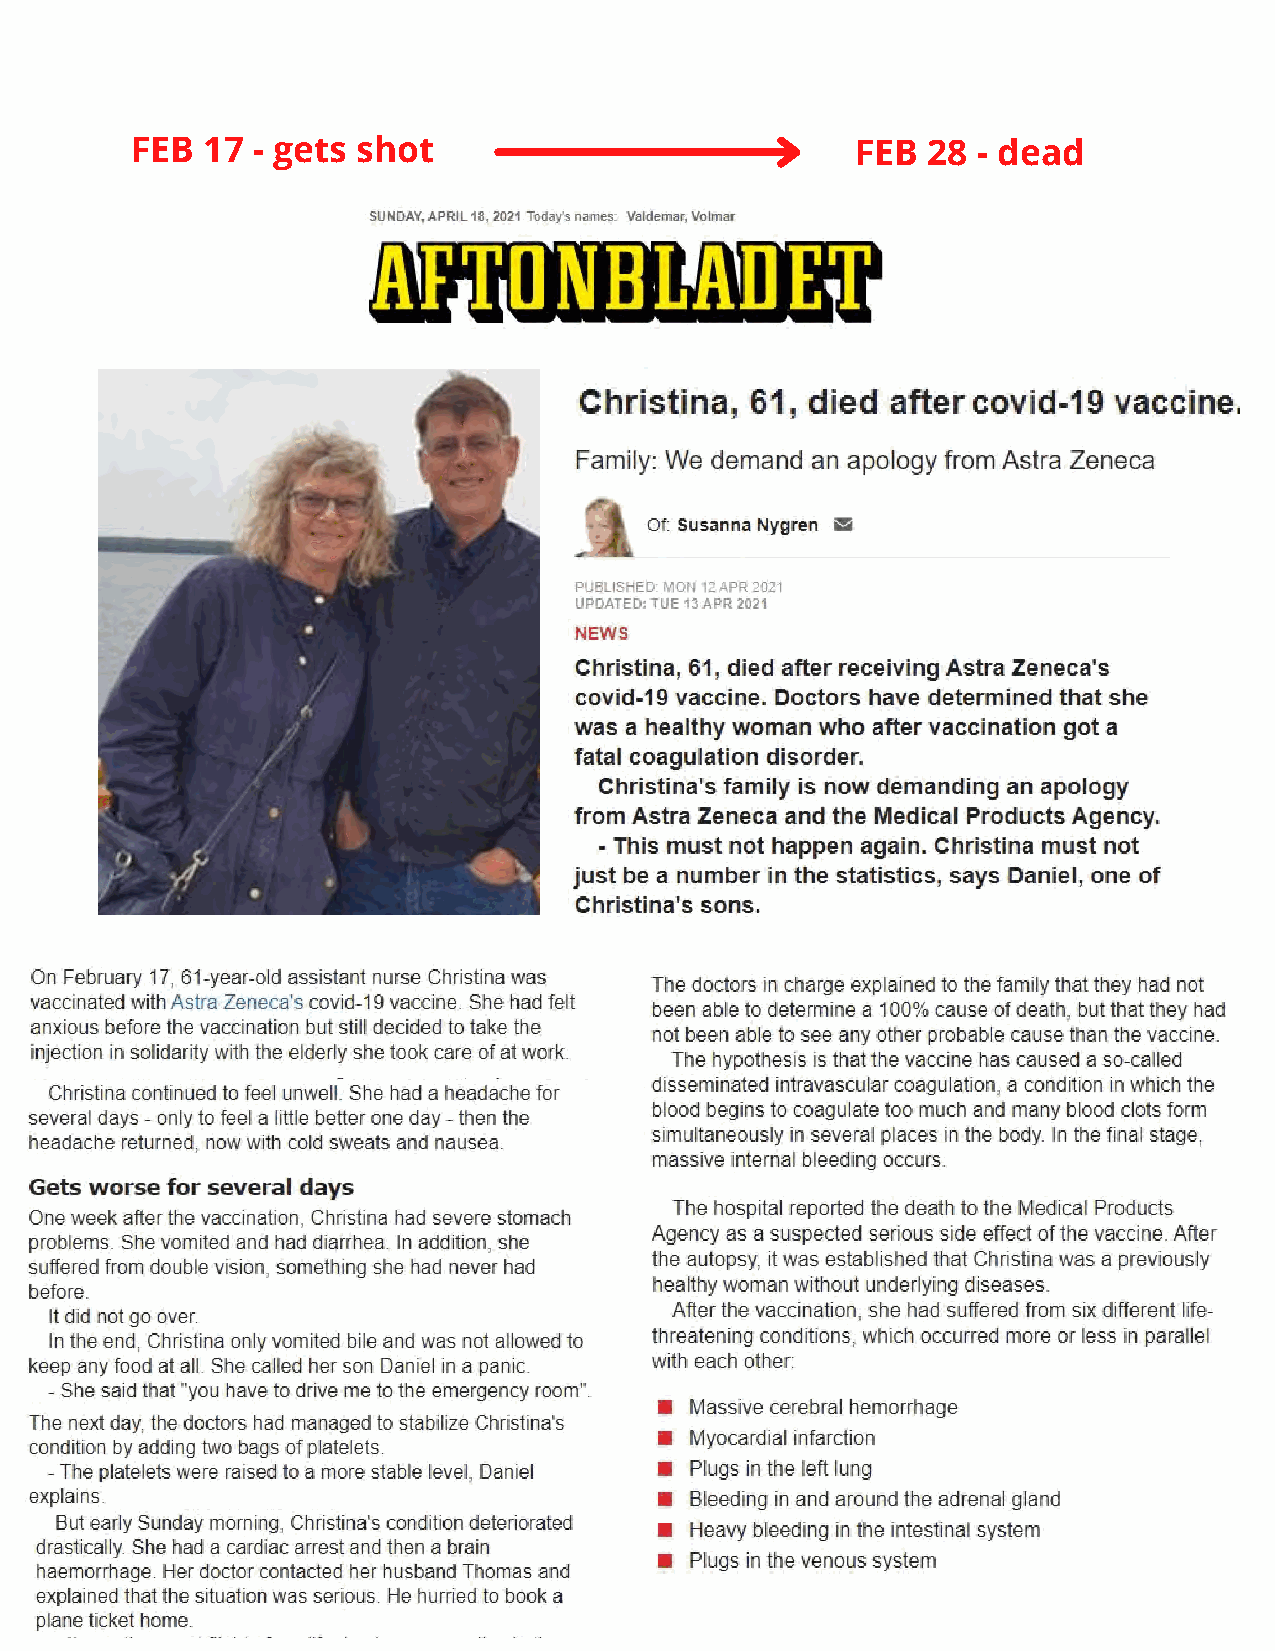
FEB 17  - gets shot                             FEB 28  - dead